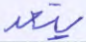
يتعد